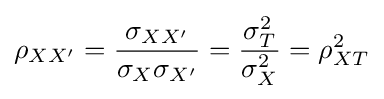
\rho _{XX'}={\frac {\sigma _{XX'}}{\sigma _{X}\sigma _{X'}}}={\frac {\sigma _{T}^{2}}{\sigma _{X}^{2}}}=\rho _{XT}^{2}